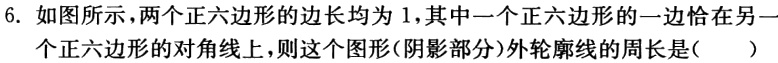
6. 如图所示，两个正六边形的边长均为1，其中一个正六边形的一边恰在另一个正六边形的对角线上，则这个图形（阴影部分）外轮廓线的周长是( )